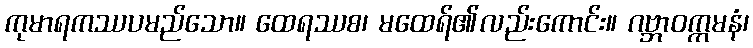
ကုမာရကဿပမည်သော။ ထေရဿစ၊ မထေရ်၏လည်းကောင်း။ ဂဗ္ဘာဝက္ကမနံ၊